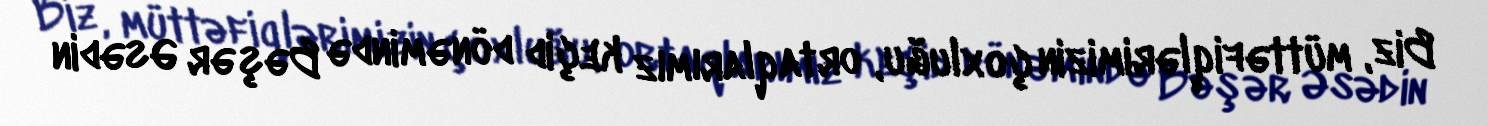
Biz, müttəfiqlərimizin çoxluğu, ortaqlarımız keçid dönəmində Bəşər Əsədin